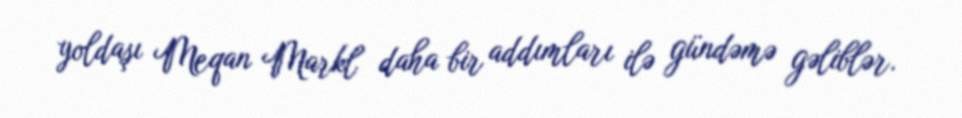
yoldaşı Meqan Markl daha bir addımları ilə gündəmə gəliblər.